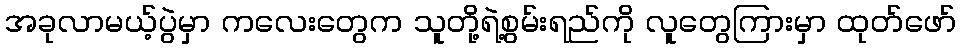
အခုလာမယ့်ပွဲမှာ ကလေးတွေက သူတို့ရဲ့စွမ်းရည်ကို လူတွေကြားမှာ ထုတ်ဖော်